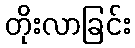
တိုးလာခြင်း